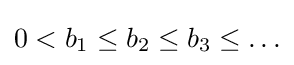
0<b_{1}\leq b_{2}\leq b_{3}\leq \ldots